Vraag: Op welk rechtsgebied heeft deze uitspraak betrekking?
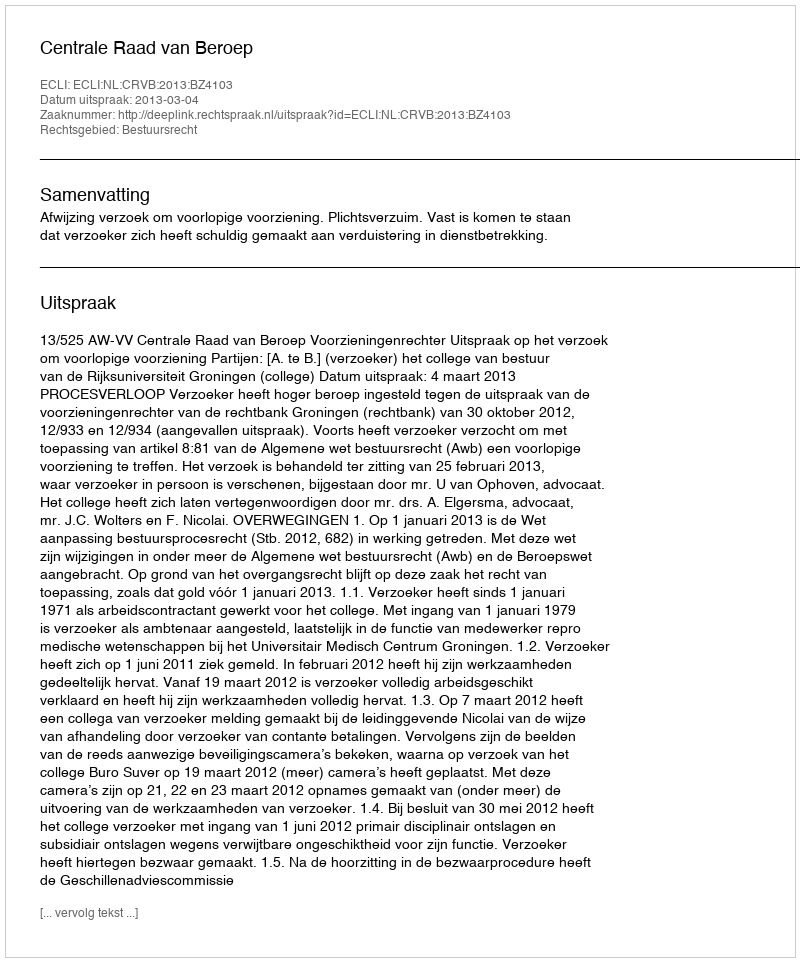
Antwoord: Bestuursrecht